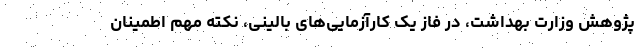
پژوهش وزارت بهداشت، در فاز یک کارآزمایی‌های بالینی، نکته مهم اطمینان